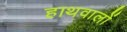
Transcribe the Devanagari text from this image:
हाथवालों